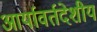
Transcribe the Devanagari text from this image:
आर्यावर्तदेशीय